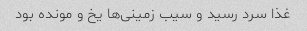
غذا سرد رسید و سیب زمینی‌ها یخ و مونده بود